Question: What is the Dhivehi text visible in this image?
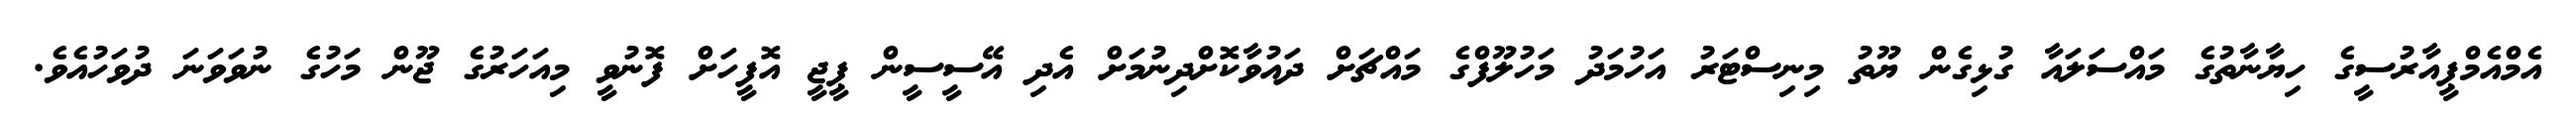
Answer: އެމްއެމްޕީއާރުސީގެ ހިޔާނާތުގެ މައްސަލައާ ގުޅިގެން ޔޫތު މިނިސްޓަރު އަހުމަދު މަހުލޫފްގެ މައްޗަށް ދައުވާކޮށްދިނުމަށް އެދި އޭސީސީން ޕީޖީ އޮފީހަށް ފޮނުވީ މިއަހަރުގެ ޖޫން މަހުގެ ނުވަވަނަ ދުވަހުއެވެ.